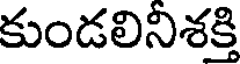
కుండలినిశక్తి